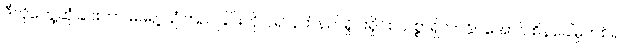
ဒီလိုတွေ့ဆုံခြင်းဟာ မိမိရဲ့ ယုံကြည်ခြင်းကို ပို၍ နက်နက်ရှိုင်းရှိုင်း သစ္စာရှိလာနိုင်အောင် စိန်ခေါ်မှုတစ်ရပ်